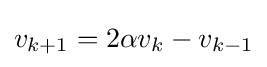
v_{k+1}=2\alpha v_{k}-v_{k-1}\,\!